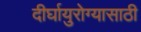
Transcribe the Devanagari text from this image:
दीर्घायुरोग्यासाठी